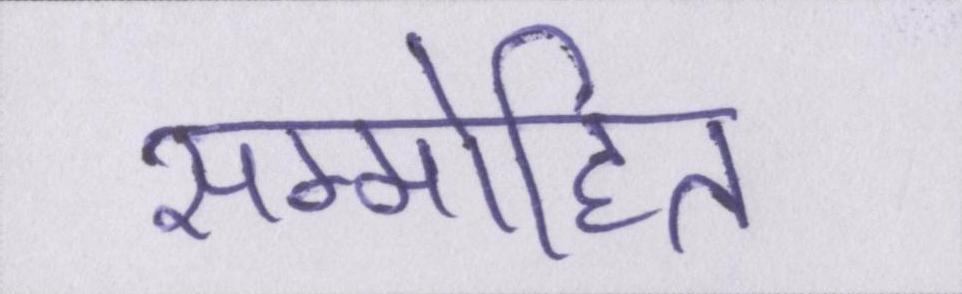
सम्मोहित